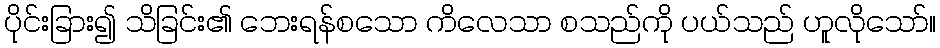
ပိုင်းခြား၍ သိခြင်း၏ ဘေးရန်စသော ကိလေသာ စသည်ကို ပယ်သည် ဟူလိုသော်။